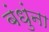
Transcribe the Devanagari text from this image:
बंधुंना